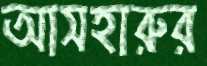
আসহারুর